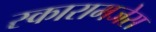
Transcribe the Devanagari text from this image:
स्कारामजेस